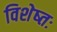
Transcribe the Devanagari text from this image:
विशेष्तः